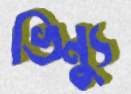
ভিন্যু